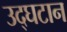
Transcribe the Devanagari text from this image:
उद्घटान